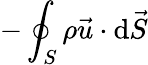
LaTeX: -\oint_{S}\rho{\vec{u}}\cdot\mathrm{d}{\vec{S}}